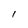
Character: I